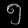
Digit: ၅